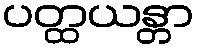
ပတ္ထယန္တာ